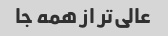
عالی‌تر از همه جا